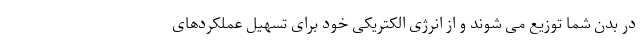
در بدن شما توزیع می شوند و از انرژی الکتریکی خود برای تسهیل عملکردهای